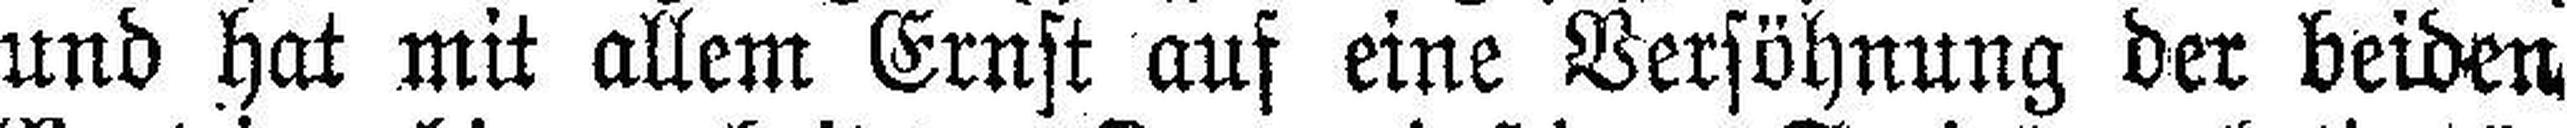
und hat mit allem Ernst auf eine Versöhnung der beiden